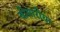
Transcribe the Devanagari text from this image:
बीमारीया